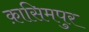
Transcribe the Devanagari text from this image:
क़ासिमपुर